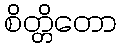
စိတ္တိတော